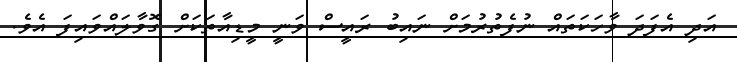
އަދި އެފަދަ ވާހަކަތައް ނުފެތުރުމަށް ނައިބު ރައީސް ވަނީ މީޑިއާތަކަށް ގޮވާލައްވައިފަ އެެވެ.